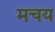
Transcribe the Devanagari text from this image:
मचय